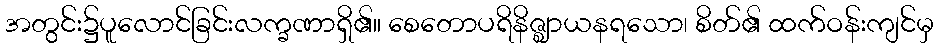
အတွင်း၌ပူလောင်ခြင်းလက္ခဏာရှိ၏။ စေတောပရိနိဇ္ဈာယနရသော၊ စိတ်၏ ထက်ဝန်းကျင်မှ